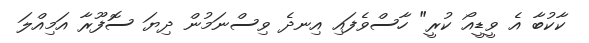
ކާކުބާ އެ ވީޑީއޯ ކުރީ" ހާސްވެފައި އިނދެ ވިސްނަމުން ދިޔަ ސޮފޫރާ އަމިއްލަ